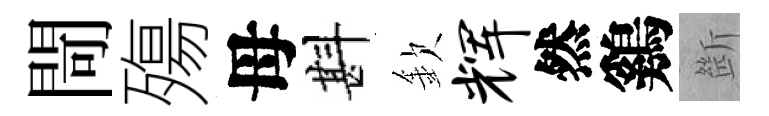
閜殤母斟欽辉然鷄㫁